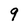
Character: 9